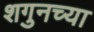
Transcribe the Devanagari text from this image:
शगुनच्या